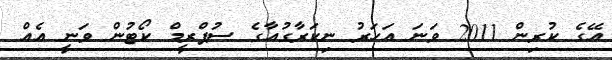
އޭގެ ކުރިން 2011 ވަނަ އަހަރު ނިކަރާގުއާގެ ސުޕްރީމް ކޯޓުން ވަނީ އެއް